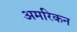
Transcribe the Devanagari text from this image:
अमरिकन